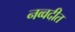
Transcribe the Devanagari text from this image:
नव्वदीत